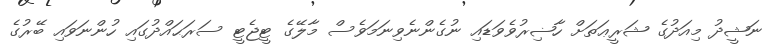
ނަޝީދު މިއަދުގެ ޝަރީޢަތަށް ހާޟިރުވެވަޑައި ނުގެންނެވިނަމަވެސް މާލޭގެ ޓީޖެޓީ ސަރަޙައްދުގައި ހުންނަވައި ބޭރުގެ